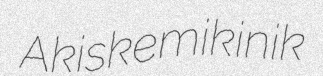
Akiskemikinik